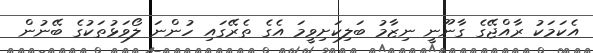
އެކަމަކު ރާއްޖޭގެ ގާނޫނީ ނިޒާމު ބަލިކަށިވީމަ އެގެ ތެރޭގައި ހުންނަ ލޯވަޅުތަކުގެ ބޭނުން